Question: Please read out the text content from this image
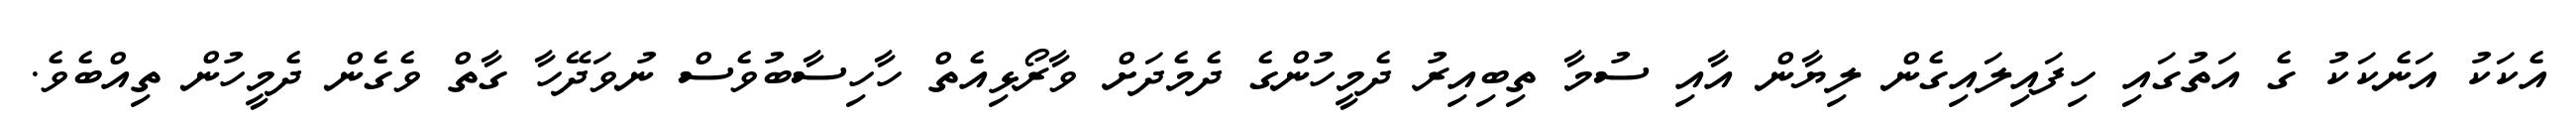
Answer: އެކަކު އަނެކަކު ގެ އަތުގައި ހިފައިލައިގެން ލިޔާން އާއި ސުމާ ތިބިއިރު ދެމީހުންގެ ދެމެދަށް ވާރޯޅިއެތް ހާހިސާބުވެސް ނުވަދޭހާ ގާތް ވެގެން ދެމީހުން ތިއްބެވެ.